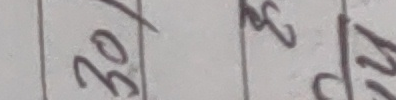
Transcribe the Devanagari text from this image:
३०/  ३२